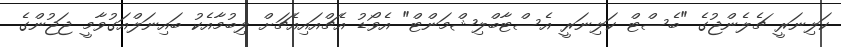
ކަލިނަރީ ޗެލެންޖުގެ "ބެސްޓް ކަލިނަރީ އެސްޓާބްލިޝްމަންޓް" އެވޯޑު އެޗްއައިއެޗަށް ލިބުމާއެކު ބައިނަލްއަގުވާމީ ޖަޖުންގެ